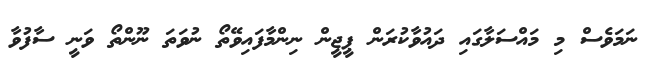
ނަމަވެސް މި މައްސަލާގައި ދައުވާކުރަން ޕީޖީން ނިންމާފައިވޭތޯ ނުވަތަ ނޫންތޯ ވަނީ ސާފުވާ